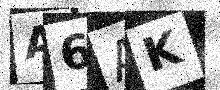
Text: A6AK